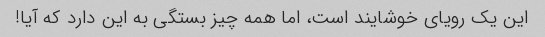
این یک رویای خوشایند است، اما همه چیز بستگی به این دارد که آیا!